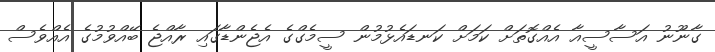
ގާނޫނު އަސާސީއާ އެއްގޮތަށް ކަމަށް ކަނޑައެޅުމުން ސީމެގްގެ އެޖެންޑާގައި ރާއްޖެ ބޭއްވުމުގެ އެއްވެސް